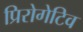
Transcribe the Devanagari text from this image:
प्रिरोगेटिव